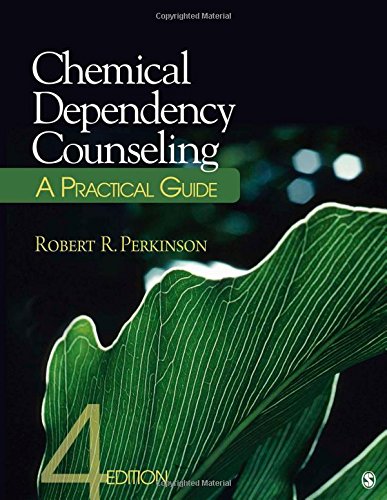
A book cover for Chemical Dependency Counseling: A Practical Guide; Robert R. Perkinson; Medical Books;